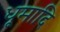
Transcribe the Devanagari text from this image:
धूमादि